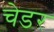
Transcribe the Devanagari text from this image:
चेडर